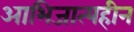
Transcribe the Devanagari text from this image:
आभिजात्यहीन